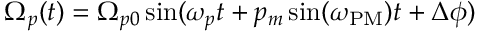
\Omega _ { p } ( t ) = \Omega _ { p 0 } \sin ( \omega _ { p } t + p _ { m } \sin ( \omega _ { \mathrm { P M } } ) t + \Delta \phi )